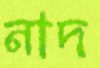
নাদ